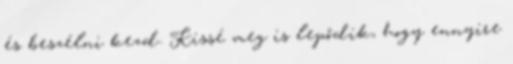
és beszélni kezd. Kissé meg is lepődik, hogy ennyire